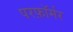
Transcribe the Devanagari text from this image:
परफ़ॉर्मर